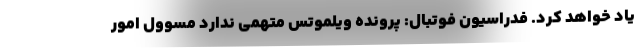
یاد خواهد کرد. فدراسیون فوتبال: پرونده ویلموتس متهمی ندارد مسوول امور